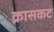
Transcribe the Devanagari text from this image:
क्रासकट